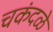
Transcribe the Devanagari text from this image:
चकंदळे